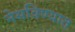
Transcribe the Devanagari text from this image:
नेसविण्यात